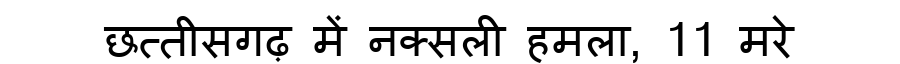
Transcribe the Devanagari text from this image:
छत्तीसगढ़ में नक्सली हमला, 11 मरे